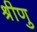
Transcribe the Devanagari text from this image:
श्रीणु